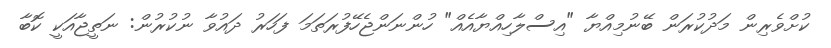
ކުށްވެރިން މަދުކުރަން ބޭނުމިއްޔާ "އިސްލާހިއްޔާއެއް" ހުންނަންޖެހޭފުރަތަމަ ފަހަރު ދައުވާ ނުކުރުން: ނަތީޖާއަކީ ކޮބާ